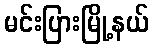
မင်းပြားမြို့နယ်